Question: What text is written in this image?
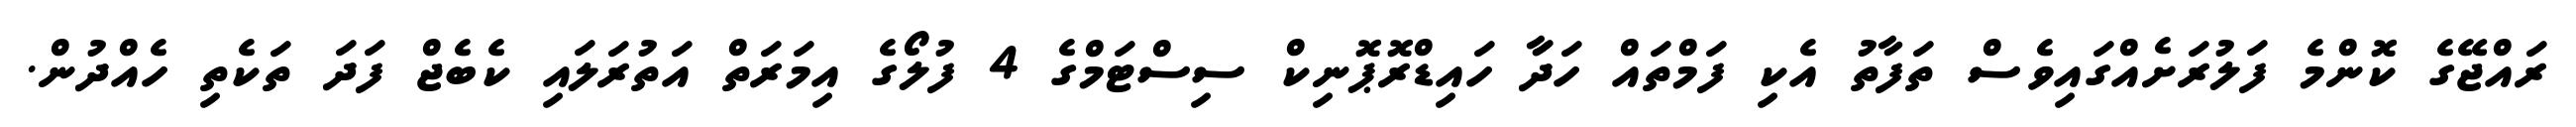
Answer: ރައްޖޭގެ ކޮންމެ ފަލުރަށެއްގައިވެސް ތަފާތު އެކި ފަމްތައް ހަދަާ ހައިޑްރޮޕޮނިކް ސިސްޓަމްގެ 4 ފުލޯގެ އިމަރަތް އަތުރަލައި ކެބެޖް ފަދަ ތަކެތި ހެއްދުން.